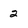
Character: 2